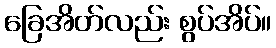
ခြေအိတ်လည်း စွပ်အိပ်။